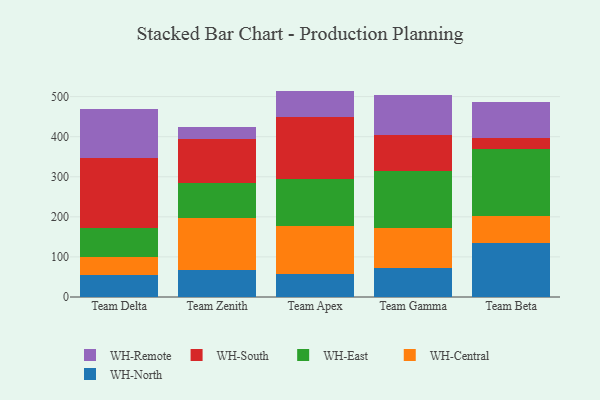
{"axis": {"x": "Team", "y": "Net Income (USD K)"}, "legend": ["WH-Central", "WH-East", "WH-North", "WH-Remote", "WH-South"], "data": [{"x": "Team Delta", "y": 54.5, "type": "WH-North"}, {"x": "Team Delta", "y": 46.2, "type": "WH-Central"}, {"x": "Team Delta", "y": 70.5, "type": "WH-East"}, {"x": "Team Delta", "y": 175.0, "type": "WH-South"}, {"x": "Team Delta", "y": 122.5, "type": "WH-Remote"}, {"x": "Team Zenith", "y": 66.7, "type": "WH-North"}, {"x": "Team Zenith", "y": 129.6, "type": "WH-Central"}, {"x": "Team Zenith", "y": 89.4, "type": "WH-East"}, {"x": "Team Zenith", "y": 108.8, "type": "WH-South"}, {"x": "Team Zenith", "y": 29.5, "type": "WH-Remote"}, {"x": "Team Apex", "y": 57.2, "type": "WH-North"}, {"x": "Team Apex", "y": 119.8, "type": "WH-Central"}, {"x": "Team Apex", "y": 116.9, "type": "WH-East"}, {"x": "Team Apex", "y": 156.2, "type": "WH-South"}, {"x": "Team Apex", "y": 64.3, "type": "WH-Remote"}, {"x": "Team Gamma", "y": 72.6, "type": "WH-North"}, {"x": "Team Gamma", "y": 100.6, "type": "WH-Central"}, {"x": "Team Gamma", "y": 141.5, "type": "WH-East"}, {"x": "Team Gamma", "y": 90.1, "type": "WH-South"}, {"x": "Team Gamma", "y": 100.3, "type": "WH-Remote"}, {"x": "Team Beta", "y": 134.6, "type": "WH-North"}, {"x": "Team Beta", "y": 66.9, "type": "WH-Central"}, {"x": "Team Beta", "y": 167.7, "type": "WH-East"}, {"x": "Team Beta", "y": 27.6, "type": "WH-South"}, {"x": "Team Beta", "y": 89.1, "type": "WH-Remote"}]}